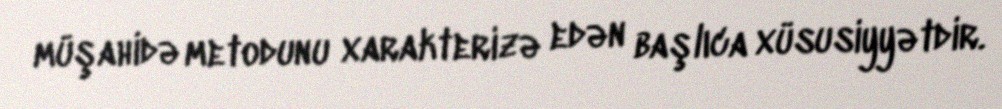
müşahidə metodunu xarakterizə edən başlıca xüsusiyyətdir.